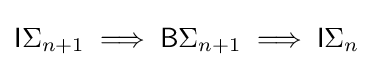
{\mathsf {I}}\Sigma _{n+1}\implies {\mathsf {B}}\Sigma _{n+1}\implies {\mathsf {I}}\Sigma _{n}